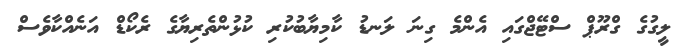
ލީގުގެ ގްރޫޕް ސްޓޭޖްގައި އެންމެ ގިނަ ލަނޑު ކާމިޔާބުކުރި ކުޅުންތެރިޔާގެ ރެކޯޑް އަނެއްކާވެސް